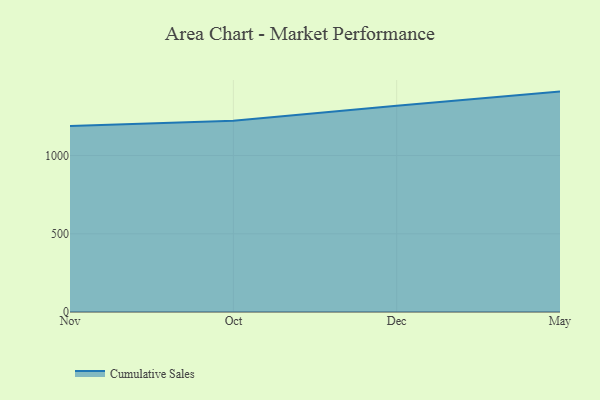
{"axis": {"x": "Month", "y": "Headcount"}, "legend": ["Cumulative Sales"], "data": [{"x": "Nov", "y": 1188.5, "type": "Cumulative Sales"}, {"x": "Oct", "y": 1221.7, "type": "Cumulative Sales"}, {"x": "Dec", "y": 1317.7, "type": "Cumulative Sales"}, {"x": "May", "y": 1408.7, "type": "Cumulative Sales"}]}